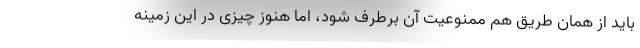
باید از همان طریق هم ممنوعیت آن برطرف شود، اما هنوز چیزی در این زمینه